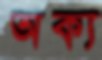
অক্য